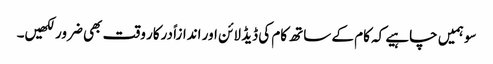
سو ہمیں چاہیے کہ کام کے ساتھ کام کی ڈیڈ لائن اور اندازاً درکار وقت بھی ضرور لکھیں۔